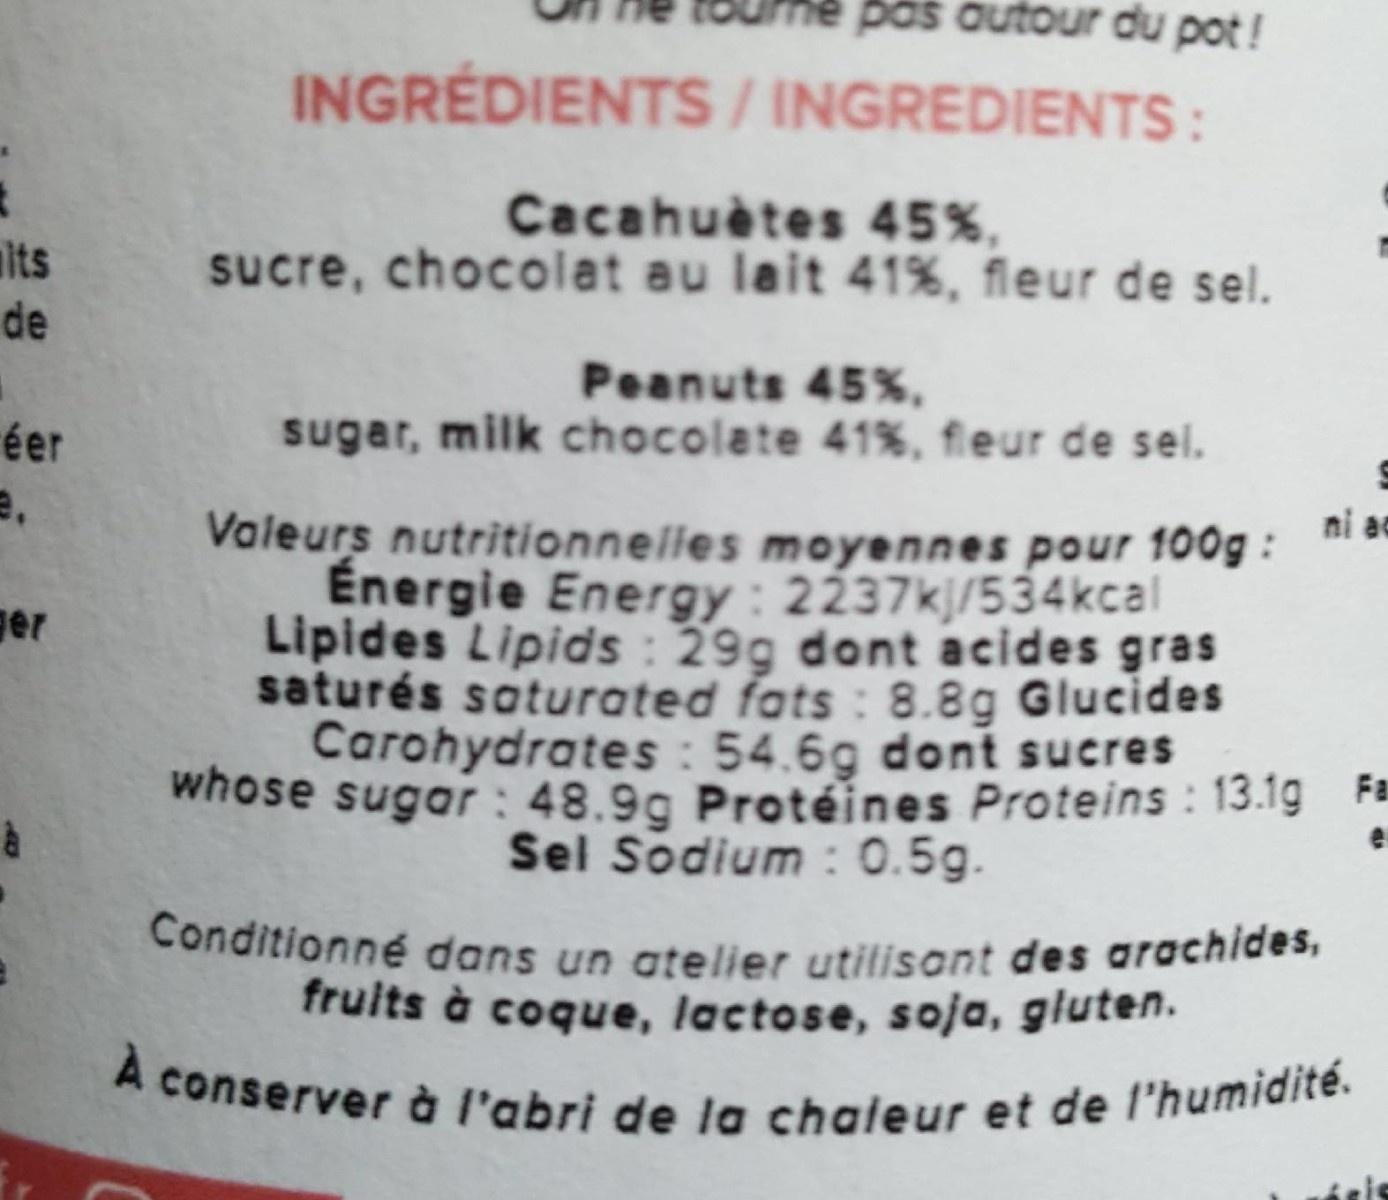
pas autour du pot!
INGRÉDIENTS / INGREDIENTS:
Cacahuètes 45%, sucre, chocolat au lait 41%, fleur de sel.
lts
de
Peanuts 45%, sugar, milk chocolate 41%, fleur de sel.
éer
Valeurs nutritionnelles moyennes pour 100g : Énergie Energy : 2237kj/534kcal Lipides Lipids : 29g dont acides gras saturés soturated fats : 8.8g Glucides Carohydrates : 54.6g dont sucres whose sugar : 48.9g Protéines Proteins : 13.1g F Sel Sodium : 0.5g.
ni ac
ger
Conditionné dans un atelier utilisont des arachides, fruits à coque, lactose, soja, gluten.
À
A conserver à l'abri de la chaleur et de l'humidité.